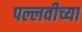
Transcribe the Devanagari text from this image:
पल्लवीच्या